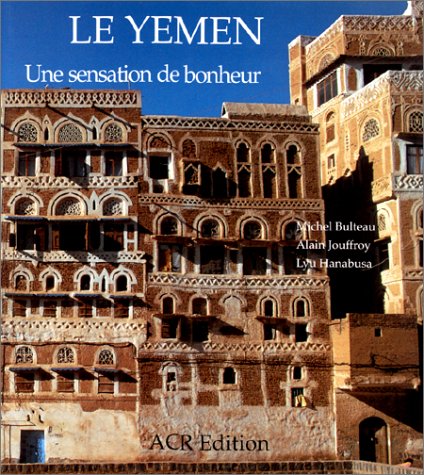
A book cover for Le Yemen. Une sensation de bonheur (French Edition); Michel Bulteau; Travel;